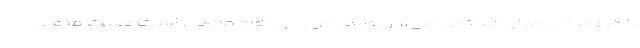
را در زمره بیماران محتمل می‌آوریم. در مواردی هم ممکن است تست منفی